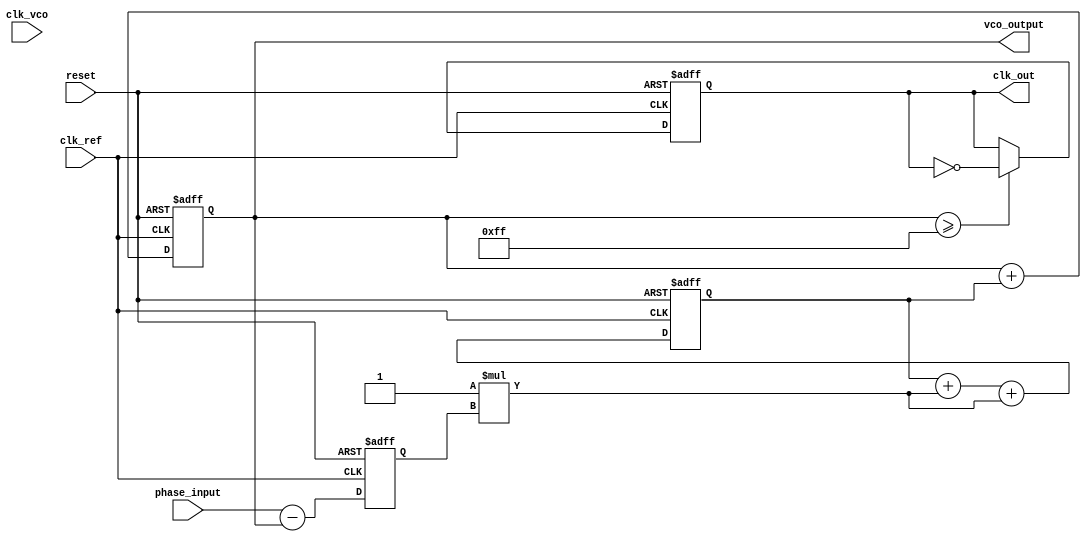
module dpll (
    input wire clk_ref,                  // Reference clock signal
    input wire clk_vco,                  // VCO clock signal
    input wire reset,                    // Reset signal
    input wire [7:0] phase_input,        // Phase input for the phase detector
    output reg clk_out,                  // Output clock signal
    output reg [7:0] vco_output          // Output of the VCO
);

// Parameters
parameter PHASE_MAX = 255;              // Maximum phase value for the phase detector
parameter MEMORY_SIZE = 16;              // Size of the memory block
parameter Kp = 1;                        // Proportional constant for the loop filter
parameter Ki = 1;                        // Integral constant for the loop filter

// Internal signals
reg [7:0] phase_error;                  // Phase error from phase detector
reg [7:0] filtered_value;               // Filtered output of the loop filter
reg [7:0] memory [0:MEMORY_SIZE-1];     // Memory block
reg [3:0] memory_index;                  // Current index for memory access
reg [7:0] control_signal;                // Control signal from loop filter

// Phase Detector (PD)
always @(posedge clk_ref or posedge reset) begin
    if (reset) begin
        phase_error <= 0;
    end else begin
        // Simple phase comparison (assumed for simplicity)
        phase_error <= phase_input - vco_output; // Example - adjust as necessary
    end
end

// Loop Filter
always @(posedge clk_ref or posedge reset) begin
    if (reset) begin
        filtered_value <= 0;
    end else begin
        filtered_value <= filtered_value + (Kp * phase_error) + (Ki * phase_error); // Simple PI controller
    end
end

// Voltage-Controlled Oscillator (VCO)
always @(posedge clk_ref or posedge reset) begin
    if (reset) begin
        vco_output <= 0;
        clk_out <= 0;
    end else begin
        // Update the VCO output based on the filtered value
        vco_output <= vco_output + filtered_value;

        // Generate output clock based on VCO
        clk_out <= (vco_output >= PHASE_MAX) ? ~clk_out : clk_out; // Toggle clock when threshold is reached
    end
end

// Memory Block for storing phase information
always @(posedge clk_ref or posedge reset) begin
    if (reset) begin
        memory_index <= 0; // Reset memory index
    end else begin
        // Store phase error into memory
        memory[memory_index] <= phase_error; 
        memory_index <= (memory_index + 1) % MEMORY_SIZE; // Circular indexing
    end
end

endmodule